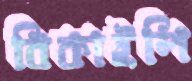
বিকাইলি